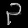
Digit: ၃